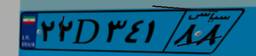
۲۲D۳۴۱۸۸